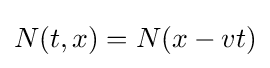
N(t,x)=N(x-vt)